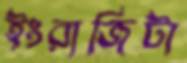
ইংরাজিটা